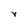
Character: r